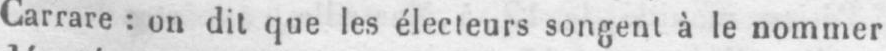
Carrare: on dit que les électeurs songent à le nommer